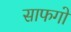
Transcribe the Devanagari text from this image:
साफगो